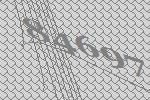
84697